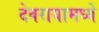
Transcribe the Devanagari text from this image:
देवरायामध्ये